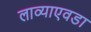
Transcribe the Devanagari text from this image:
लाव्याएवडा